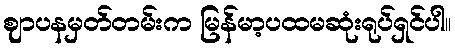
ဈာပနမှတ်တမ်းက မြန်မာ့ပထမဆုံးရုပ်ရှင်ပါ။